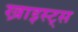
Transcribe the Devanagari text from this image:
ख्राइस्ट्स